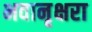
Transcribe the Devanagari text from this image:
भवानृक्षरा